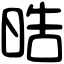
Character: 晧